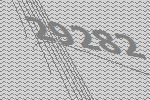
29282